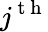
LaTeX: j^{\mathrm{~t~h~}}